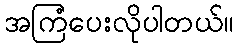
အကြံပေးလိုပါတယ်။